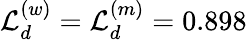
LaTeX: {\cal L}_{d}^{(w)}={\cal L}_{d}^{(m)}=0.898